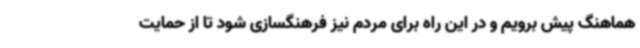
هماهنگ پیش برویم و در این راه برای مردم نیز فرهنگسازی شود تا از حمایت